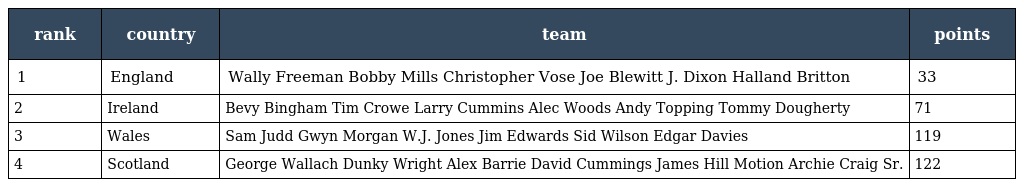
| rank | country | team | points |
 | --- | --- | --- | --- |
 | 1 | England | Wally Freeman Bobby Mills Christopher Vose Joe Blewitt J. Dixon Halland Britton | 33 |
 | 2 | Ireland | Bevy Bingham Tim Crowe Larry Cummins Alec Woods Andy Topping Tommy Dougherty | 71 |
 | 3 | Wales | Sam Judd Gwyn Morgan W.J. Jones Jim Edwards Sid Wilson Edgar Davies | 119 |
 | 4 | Scotland | George Wallach Dunky Wright Alex Barrie David Cummings James Hill Motion Archie Craig Sr. | 122 |